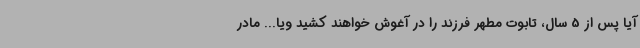
آیا پس از 5 سال، تابوت مطهر فرزند را در آغوش خواهند کشید ویا... مادر